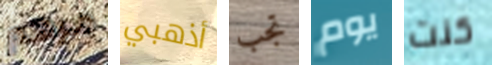
مرهم أذهبي تجب يوم كنت